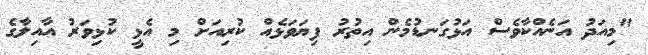
"މިއަދު އަނެއްކާވެސް އަޅުގަނޑުމެން އިތުރު ފިޔަވަޅެއް ކުރިއަށް މި އެޅީ ކުޅިވަރު އާއިލާގެ